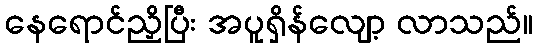
နေရောင်ညှိပြီး အပူရှိန်လျော့ လာသည်။